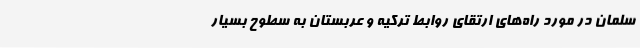
سلمان در مورد راه‌های ارتقای روابط ترکیه و عربستان به سطوح بسیار